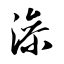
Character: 澡